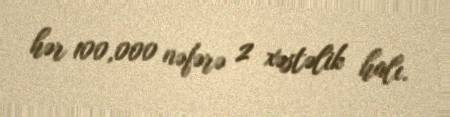
hər 100,000 nəfərə 2 xəstəlik halı.